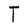
Character: T